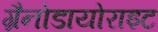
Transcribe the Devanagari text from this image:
ग्रैनोडायोराइट